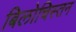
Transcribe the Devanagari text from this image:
बिलोचिस्तन